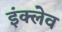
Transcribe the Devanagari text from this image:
इंक्लेव